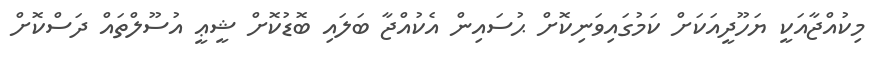
މިކުއްޖާއަކީ ޔަހޫދީއަކަށް ކަމުގައިވަނިކޮށް ޙުސައިން އެކުއްޖާ ބަލައި ބޮޑުކޮށް ޝީޢީ އުސޫލްތައް ދަސްކޮށް